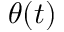
\theta ( t )